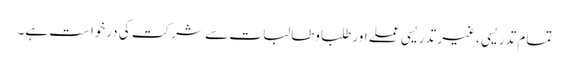
تمام تدریسی ،غیر تدریسی عملے اور طلباوطالبات سے شرکت کی درخواست ہے۔